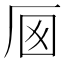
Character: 𠩌